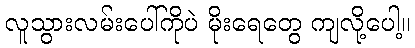
လူသွားလမ်းပေါ်ကိုပဲ မိုးရေတွေ ကျလို့ပေါ့။